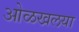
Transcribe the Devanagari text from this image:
ओळखलया